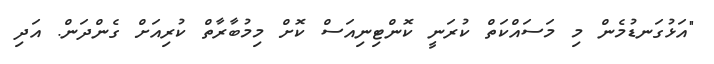
"އަޅުގަނޑުމެން މި މަސައްކަތް ކުރަނީ ކޮންޓިނިއަސް ކޮށް މިމުބާރާތް ކުރިއަށް ގެންދަން. އަދި